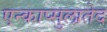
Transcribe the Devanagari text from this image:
एन्काप्सुलातेद